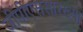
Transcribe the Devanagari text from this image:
जीपीएससारख्या